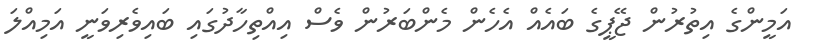
އަމީންގެ އިތުރުން ޖޭޕީގެ ބައެއް އެހެން މެންބަރުން ވެސް އިއްތިހާދުގައި ބައިވެރިވަނީ އަމިއްލަ